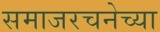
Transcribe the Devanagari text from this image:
समाजरचनेच्या